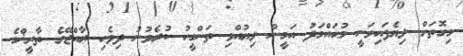
މިގޮތަށް ލިޔެފައިވަނީ މުޙައްމަދު އަމީން ލިޔުއްވި ތަންގީހު ކުރެވުނު ދިވެހި ރާއްޖޭގެ ތާރީޚްގެ